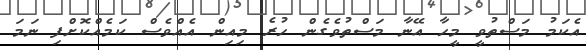
އެކަމު މަސްތުވީ މީހާ އޭނާ މަސްތުވެގެން ހުރެ މިއިން އެއްވެސް ކަމެއްކޮށްފި ނަމަ